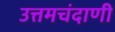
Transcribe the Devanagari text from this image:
उत्तमचंदाणी